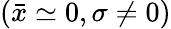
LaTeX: (\bar{x}\simeq 0,\sigma\neq 0)